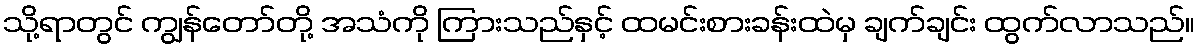
သို့ရာတွင် ကျွန်တော်တို့ အသံကို ကြားသည်နှင့် ထမင်းစားခန်းထဲမှ ချက်ချင်း ထွက်လာသည်။